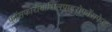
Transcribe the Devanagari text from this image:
फॉसफोरीबोसिलपाइरोफॉसफेट